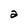
Character: a